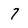
Character: 7